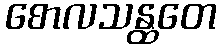
စောလသန္ထတေ